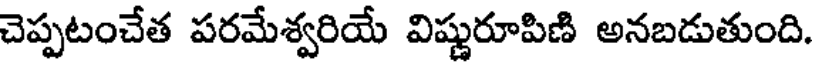
చెప్పటంచేత పరమేశ్వరియే విష్ణురూపిణి అనబడుతుంది.